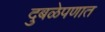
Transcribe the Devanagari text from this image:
दुबळेपणात